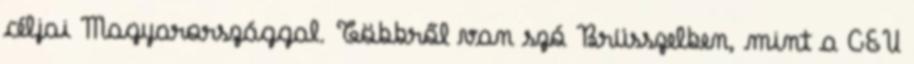
céljai Magyarországgal. Többről van szó Brüsszelben, mint a CEU